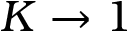
K \rightarrow 1